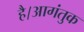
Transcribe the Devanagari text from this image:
है।आगंतुक